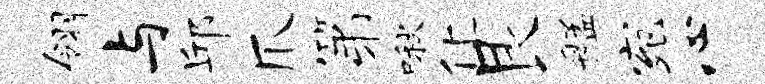
翎与邱爪第啾化艮艋宛心